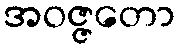
အဝဇ္ဇတော